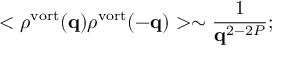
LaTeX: < \rho ^ { \mathrm { v o r t } } ( { \bf q } ) \rho ^ { \mathrm { v o r t } } ( { \bf - q } ) > \sim \frac { 1 } { { \bf q } ^ { 2 - 2 P } } ;